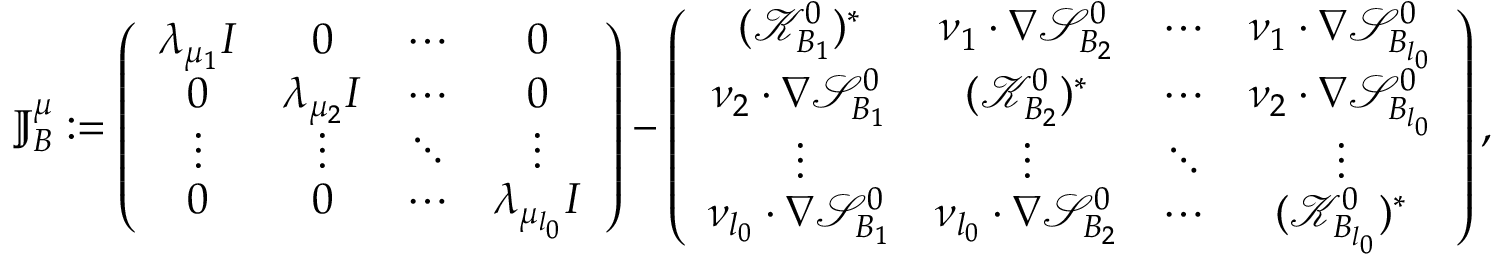
\mathbb { J } _ { B } ^ { \mu } : = \left( \begin{array} { c c c c } { \lambda _ { \mu _ { 1 } } I } & { 0 } & { \cdots } & { 0 } \\ { 0 } & { \lambda _ { \mu _ { 2 } } I } & { \cdots } & { 0 } \\ { \vdots } & { \vdots } & { \ddots } & { \vdots } \\ { 0 } & { 0 } & { \cdots } & { \lambda _ { \mu _ { l _ { 0 } } } I } \end{array} \right) - \left( \begin{array} { c c c c } { ( \mathcal { K } _ { B _ { 1 } } ^ { 0 } ) ^ { * } } & { \nu _ { 1 } \cdot \nabla \mathcal { S } _ { B _ { 2 } } ^ { 0 } } & { \cdots } & { \nu _ { 1 } \cdot \nabla \mathcal { S } _ { B _ { l _ { 0 } } } ^ { 0 } } \\ { \nu _ { 2 } \cdot \nabla \mathcal { S } _ { B _ { 1 } } ^ { 0 } } & { ( \mathcal { K } _ { B _ { 2 } } ^ { 0 } ) ^ { * } } & { \cdots } & { \nu _ { 2 } \cdot \nabla \mathcal { S } _ { B _ { l _ { 0 } } } ^ { 0 } } \\ { \vdots } & { \vdots } & { \ddots } & { \vdots } \\ { \nu _ { l _ { 0 } } \cdot \nabla \mathcal { S } _ { B _ { 1 } } ^ { 0 } } & { \nu _ { l _ { 0 } } \cdot \nabla \mathcal { S } _ { B _ { 2 } } ^ { 0 } } & { \cdots } & { ( \mathcal { K } _ { B _ { l _ { 0 } } } ^ { 0 } ) ^ { * } } \end{array} \right) ,